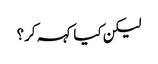
لیکن کیا کہہ کر؟